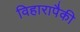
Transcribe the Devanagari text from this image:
विहारापैकी